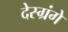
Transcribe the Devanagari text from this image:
देस्ग्रंगे